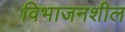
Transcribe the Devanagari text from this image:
विभाजनशील